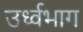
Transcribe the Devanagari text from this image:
उर्ध्वभाग